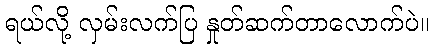
ရယ်လို့ လှမ်းလက်ပြ နှုတ်ဆက်တာလောက်ပဲ။